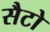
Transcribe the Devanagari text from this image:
सैटो